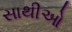
સાથીઓ